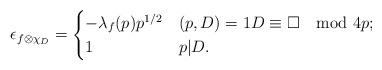
\begin{align*} \epsilon_{f \otimes \chi_D}= \begin{cases} -\lambda_f(p) p^{1/2} & (p,D)=1 D\equiv \square\mod 4p;\\ 1 & p|D. \end{cases}\end{align*}